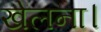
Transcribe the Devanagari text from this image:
खेलना।